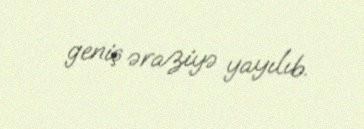
geniş əraziyə yayılıb.